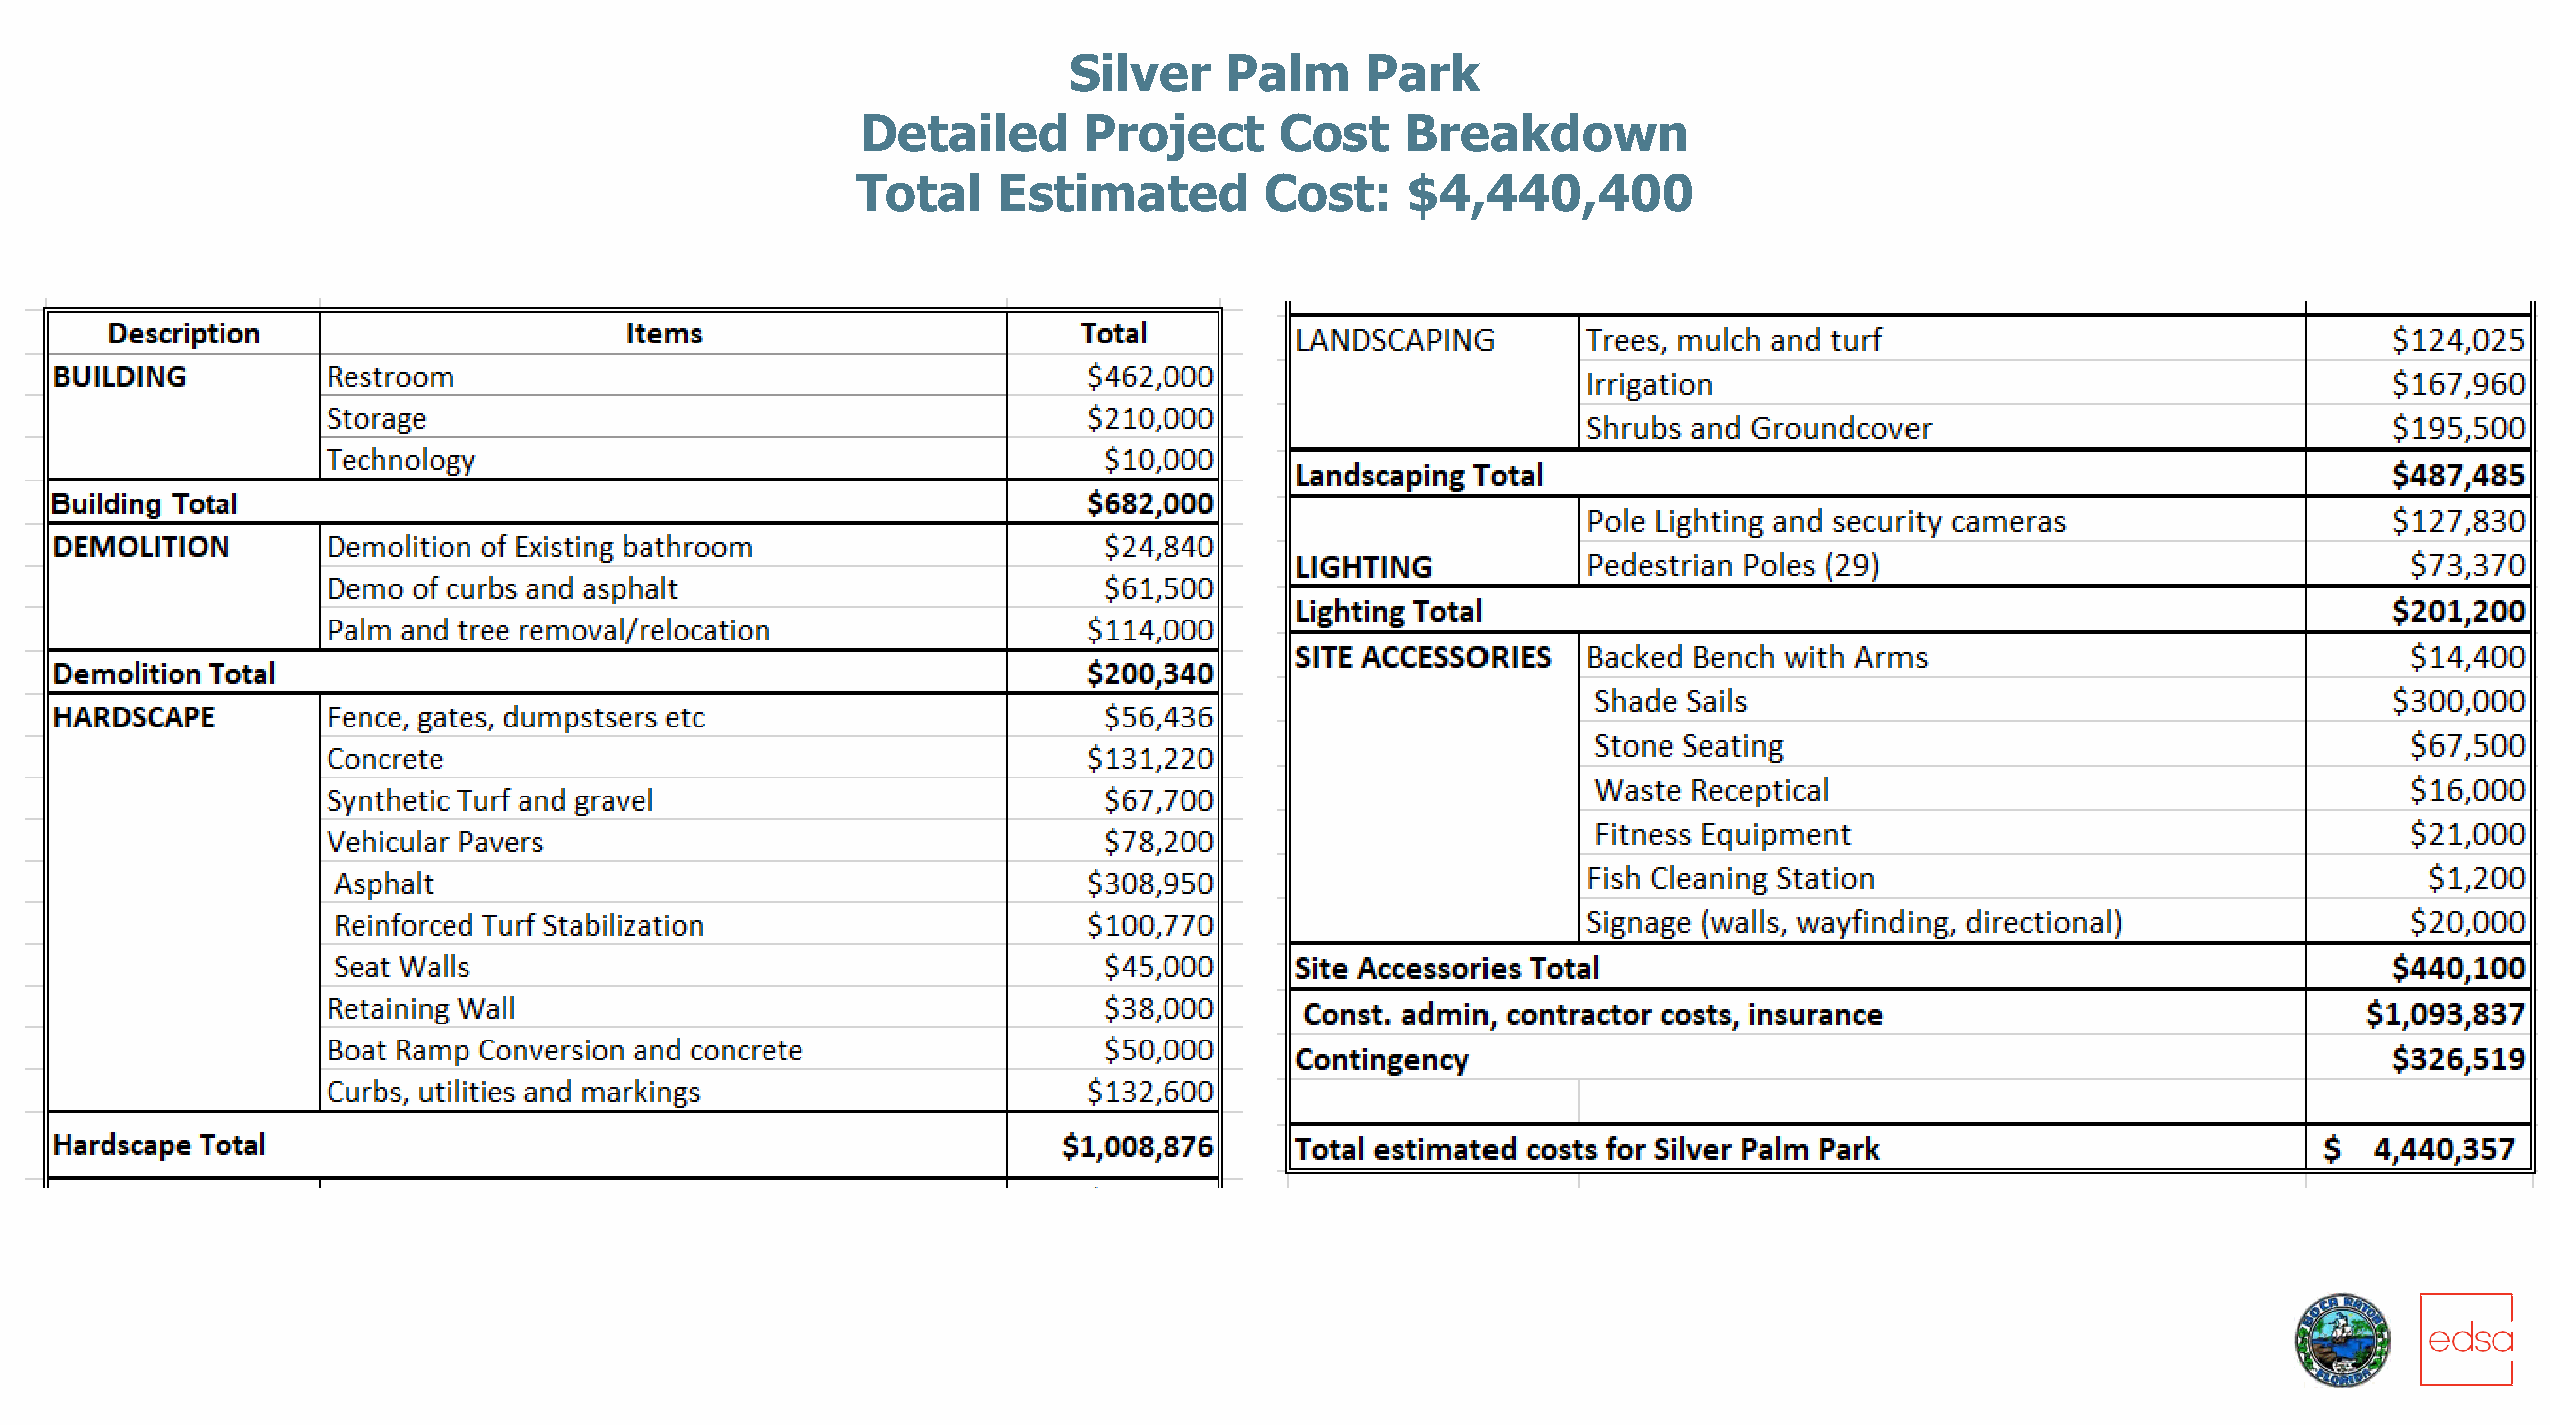
Silver    Palm     Park
 Detailed       Project      Cost    Breakdown
 Total    Estimated         Cost:    $4,440,400